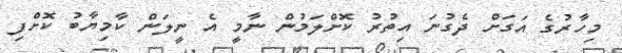
މިހާރުގެ އަގަށް ދެގުނަ އިތުރު ކޮށްލަމުން ނާމީ އެ ނީލަން ކާމިޔާބު ކޮށްފި